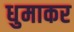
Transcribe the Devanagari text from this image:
धुमाकर